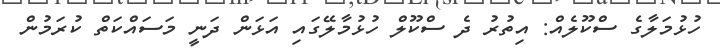
ހުޅުމަލާގެ ސްކޫލެއް: އިތުރު ދެ ސްކޫލް ހުޅުމާލޭގައި އަޅަން ދަނީ މަސައްކަތް ކުރަމުން